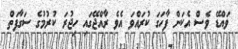
ވައްޑޭ ވެސް އެކަން ފާހަގަ ކުރައްވަ އެވެ ރާއްޖޭގައި ހިޖުރަ ކުރުމުގެ ސަގާފަތް